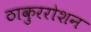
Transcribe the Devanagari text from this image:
ठाकुररोशन